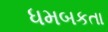
ધમબકતા